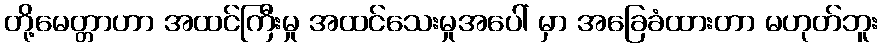
တို့မေတ္တာဟာ အထင်ကြီးမှု အထင်သေးမှုအပေါ် မှာ အခြေခံထားတာ မဟုတ်ဘူး